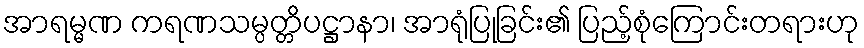
အာရမ္မဏ ကရဏသမ္ပတ္တိပဋ္ဌာနာ၊ အာရုံပြုခြင်း၏ ပြည့်စုံကြောင်းတရားဟု